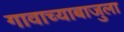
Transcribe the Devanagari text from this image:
गावाच्याबाजुला